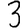
Digit: 3